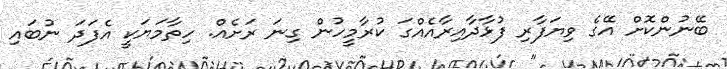
ބޭނުންކޮށް އޭގެ ވިޔަފާރި ފުޅާދާއިރާއެއްގަަ ކުރާާމީހުން ގިނަ ރަށެއް. ހިތާމަޔަކީ އެފަދަ ނުބައި